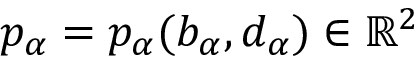
p _ { \alpha } = p _ { \alpha } ( b _ { \alpha } , d _ { \alpha } ) \in \mathbb { R } ^ { 2 }